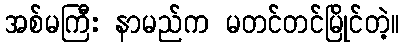
အစ်မကြီး နာမည်က မတင်တင်မြိုင်တဲ့။